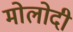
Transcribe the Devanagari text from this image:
मोलोदी